Lunatic asylums Madras 1877-1891 - 1877-1891
Year: 1877
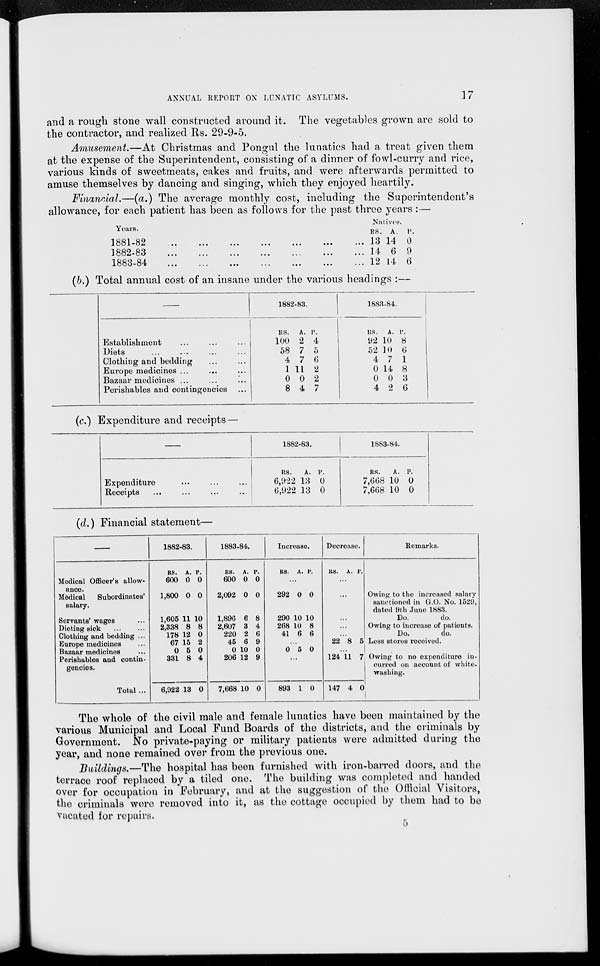
ANNUAL REPORT ON LUNATIC ASYLUMS.
17
and a rough stone wall constructed around it. The vegetables grown are sold to
the contractor, and realized Rs. 29-9-5.
Amusement.—At Christmas and Pongul the lunatics had a treat given them
at the expense of the Superintendent, consisting of a dinner of fowl-curry and rice,
various kinds of sweetmeats, cakes and fruits, and were afterwards permitted to
amuse themselves by dancing and singing, which they enjoyed heartily.
Financial.—(a.) The average monthly cost, including the Superintendent's
allowance, for each patient has been as follows for the past three years :—
Years.
1881-82 ... ... ... ... ... ... ...
1882-83
...
...
...
...
...
... ...
1883-84
...
...
...
...
...
... ...
Natives.
RS.
13
14
12
A.
14
6
14
P.
0
9
6
(b.) Total annual cost of an insane under the various headings :—
Establishment ... ... ...
Diets ... ... ... ...
Clothing and bedding... ...
Europe medicines ... ... ...
Bazaar medicines ...
...
...
Perishables and contingencies
...
1882-83.
RS.
100
58
4
1
0
8
A.
2
7
7
11
0
4
P.
4
5
6
2
2
7
1883-84.
RS.
92
52
4
0
0
4
A.
10
10
7
14
0
2
P.
8
6
1
8
3
6
(c.) Expenditure and receipts—
—
Expenditure... ... ...
Receipts... ... ... ...
1882-83.
RS.
6,922
6,922
A.
13
13
P.
0
0
1883-84.
RS.
7,668
7,668
A.
10
10
P.
0
0
(d.) Financial statement—
—
Medical Officer's allow-
ance.
Medical Subordinates'
salary.
Servants' wages...
Dieting sick
...
...
Clothing and bedding ...
Europe medicines...
Bazaar medicines...
Perishables and contin-
gencies.
Total ...
1882-83.
RS.
600
1,800
1,605
2,338
178
67
0
331
6,922
A.
0
0
11
8
12
15
5
8
13
P.
0
0
10
8
0
2
0
4
0
1888-84.
RS.
600
2,092
1,896
2,607
220
45
0
206
7,668
A.
0
0
6
8
2
6
10
12
10
P.
0
0
8
4
6
9
0
9
0
Increase.
RS. A. P.
...
292
290
268
41
0
10
10
6
0
10
8
6
...
0 5 0
...
893 1 0
Decrease.
RS. A. P.
...
...
...
...
...
22 8 5
...
124
147
11
4
7
0
Remarks.
Owing to the increased salary
sanctioned in G.O. No. 1529,
dated 9th June 1883.
Do.
do.
Owing to increase of patients.
Do.
do.
Less stores received.
Owing to no expenditure in¬
curred on account of white¬
washing.
The whole of the civil male and female lunatics have been maintained by the
various Municipal and Local Fund Boards of the districts, and the criminals by
Government. No private-paying or military patients were admitted during the
year, and none remained over from the previous one.
Buildings.—The hospital has been furnished with iron-barred doors, and the
terrace roof replaced by a tiled one. The building was completed and handed
over for occupation in February, and at the suggestion of the Official Visitors,
the criminals were removed into it, as the cottage occupied by them had to be
vacated for repairs.
5